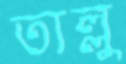
তাল্লু